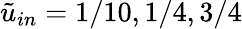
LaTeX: \tilde{u}_{in}=1/10,1/4,3/4